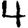
Digit: 4